Report on vaccination North-West Frontier Province 1904-1922 - 1904-1922
Year: 1904
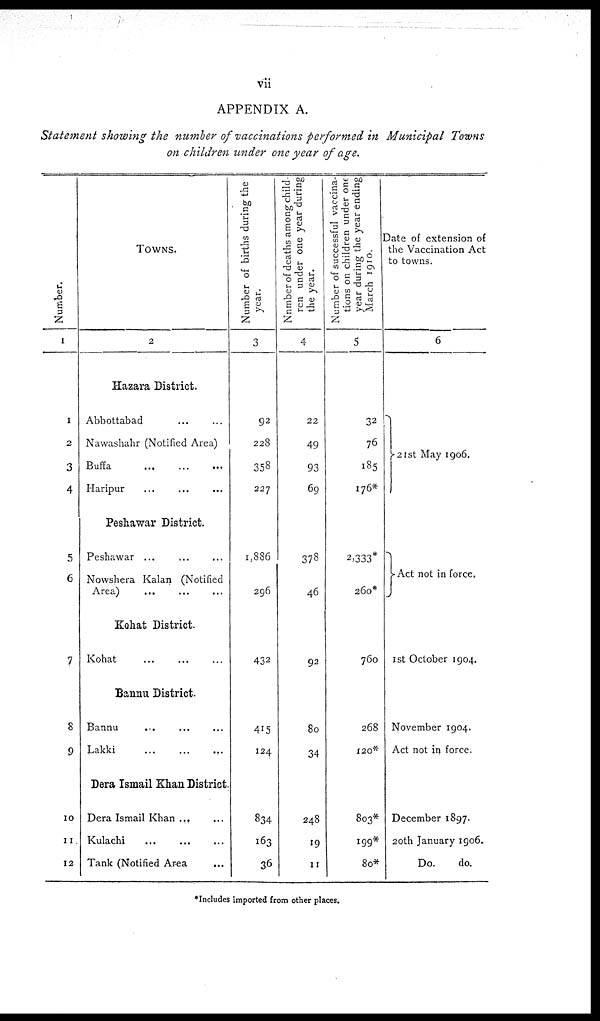
vii
APPENDIX A.
Statement showing the number of vaccinations performed in Municipal Towns
on children under one year of age.
Number.
1
1
2
3
4
5
6
7
8
9
10
11
12
TOWNS.
2
Hazara District.
Abbottabad
... ...
Nawashahr (Notified Area)
Buffa
...
...
...
Haripur ... ... ...
Peshawar District.
Peshawar ... ... ...
Nowshera Kalan (Notified
Area)
...
...
...
Kahat District.
Kohat
...
...
...
Bannu District.
Bannu ... ... ...
Lakki
...
...
...
Dera Ismail Khan District.
Dera Ismail Khan ... ... ...
Kulachi
...
...
...
Tank (Notified Area ...
Number of births during the
year.
3
92
228
358
227
1,886
296
432
415
124
834
163
36
Number of deaths among child-
ren under one year during
the year.
4
22
49
93
69
378
46
92
80
34
248
19
11
Number of successful vaccina-
tions on children under one
year during the year ending
March 1910.
5
32
76
185
176*
2,333*
260*
760
268
120*
803*
199*
80*
Date of extension of
the Vaccination Act
to towns.
6
21st May 1906.
Act not in force.
1st October 1904.
November 1904.
Act not in force.
December 1897.
20th January 1906.
Do.
do.
*Includes imported from other places.